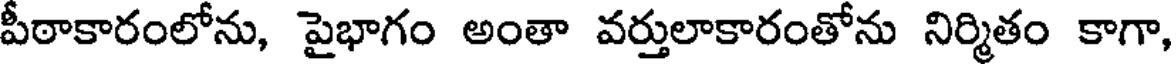
పీఠాకారంలోను, పైభాగం అంతా వర్తులాకారంతోను నిర్మితం కాగా,